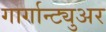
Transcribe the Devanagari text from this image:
गार्गान्ट्युअर